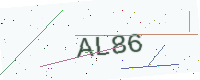
Text: AL86